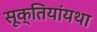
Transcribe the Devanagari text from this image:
सूक्तियांयथा